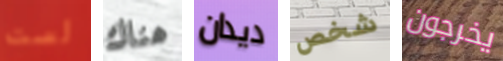
لست هناك ديدان شخص يخرجون